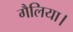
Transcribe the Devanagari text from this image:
गैलिया।